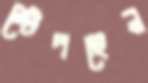
স্টেপহেন